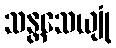
သန္တသေယျုံ